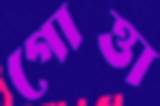
গোত্তা